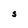
Character: S